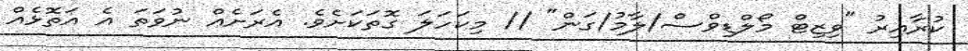
ކުރާއިރު "ވިޒިޓް މޯލްޑިވްސް/ލާމު/ގަން" // މިކަހަލަ ގޮތަކަށެވެ. އެރަށެއް ނުވަތަ އެ އަތޮޅެއް